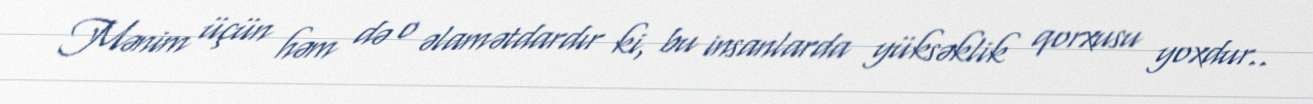
Mənim üçün həm də o əlamətdardır ki, bu insanlarda yüksəklik qorxusu yoxdur..